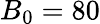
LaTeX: B_{0}=80